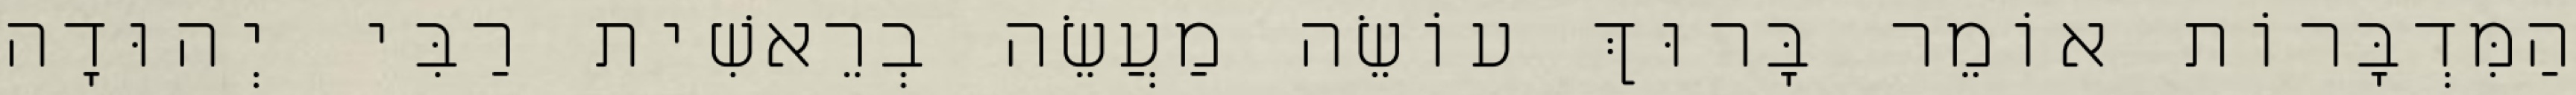
הַמִּדְבָּרוֹת אוֹמֵר בָּרוּךְ עוֹשֵׂה מַעֲשֵׂה בְרֵאשִׁית רַבִּי יְהוּדָה